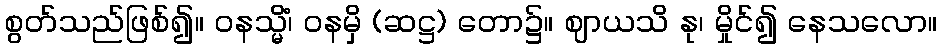
စွတ်သည်ဖြစ်၍။ ဝနသ္မိံ၊ ဝနမှိ (ဆဋ္ဌ) တော၌။ ဈာယသိ နု၊ မှိုင်၍ နေသလော။